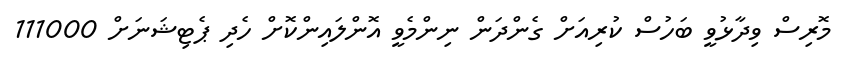
މޮރިސް ވިދާޅުވީ ބަހުސް ކުރިއަށް ގެންދަން ނިންމެވީ އޮންލައިންކޮށް ހެދި ޕެޓިޝަނަށް 111000